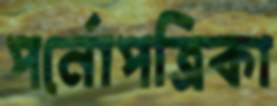
পর্নোপত্রিকা